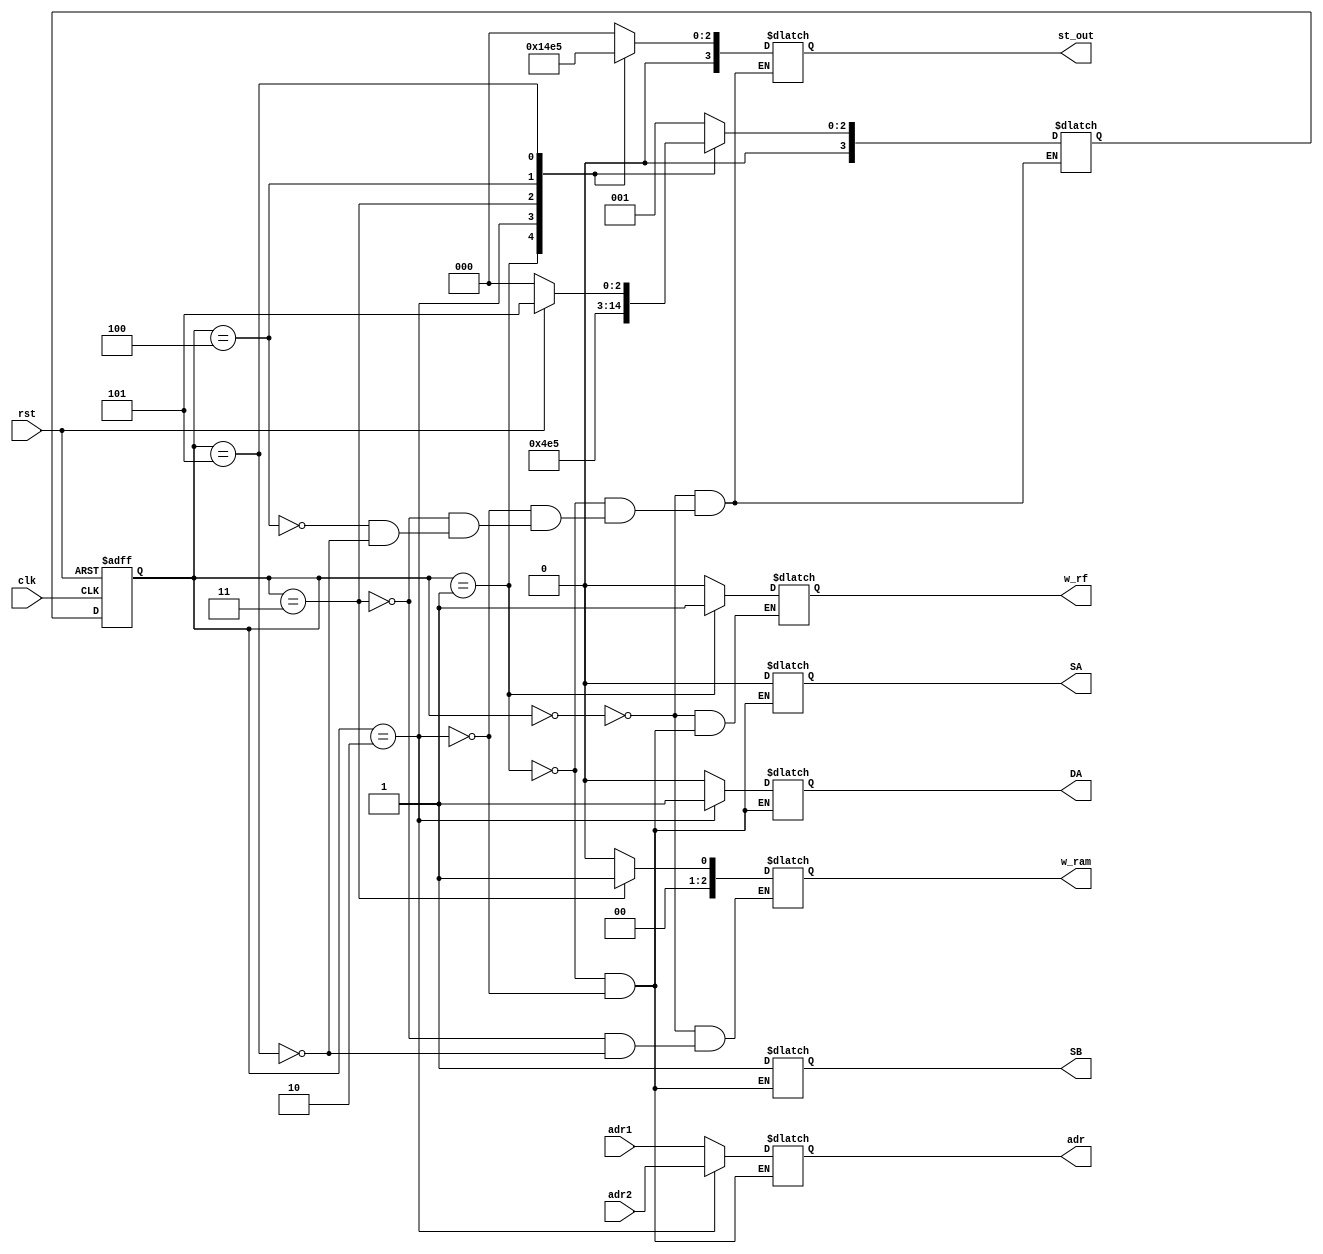
`timescale 1ns / 1ps
//////////////////////////////////////////////////////////////////////////////////
// Company: 
// Engineer: 
// 
// Design Name: 
// Module Name: Control_Unit
// Project Name: 
// Target Devices: 
// Tool Versions: 
// Description: 
// 
// Dependencies: 
// 
// Revision:
// Revision 0.01 - File Created
// Additional Comments:
// 
//////////////////////////////////////////////////////////////////////////////////


module Control_Unit (
  input clk, rst,
  input [2:0] adr1,
  input [2:0] adr2,
  output reg w_rf,
  output reg [2:0] adr,
  output reg DA, SA, SB,
  output reg [3:0] st_out,
  output reg [2:0] w_ram
);

parameter S0_idle = 0, S1_send_adr1 = 1, S2_send_adr2 = 2, S3_multiply = 3, S4_write_ram = 4, S5_read_ram = 5;
reg [3:0] PS, NS;

always @(posedge clk or posedge rst)
begin
  if (rst)
    PS <= S0_idle;
  else
    PS <= NS;
end

always @(*)
begin
  case (PS)
    S0_idle:
    begin
      NS = S1_send_adr1;
      w_rf <= 0;
      w_ram <= 0;
      st_out <= S0_idle;
    end

    S1_send_adr1:
    begin
      NS = S2_send_adr2;
      w_rf <= 1;
      adr <= adr1;
      DA <= 1'b0;
      SA <= 1'b0;
      SB <= 1'b1;
      st_out <= S1_send_adr1;
    end

    S2_send_adr2:
    begin
      NS = S3_multiply;
      w_rf <= 0;
      adr <= adr2;
      DA <= 1'b1;
      SA <= 1'b0;
      SB <= 1'b1;
      st_out <= S2_send_adr2;
    end

    S3_multiply:
    begin
      NS = S4_write_ram;
      st_out <= S3_multiply;
      w_ram <= 1; 
    end

    S4_write_ram:
    begin
      NS = S5_read_ram;
      st_out <= S4_write_ram;
      
    end

    S5_read_ram:
    begin
      if (!rst)
        NS = S0_idle;
      else
        NS = S5_read_ram;
      w_ram <= 0; 
      st_out <= S5_read_ram;
    end
  endcase
end

endmodule